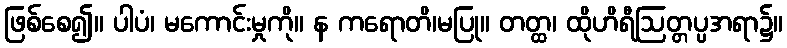
ဖြစ်စေ၍။ ပါပံ၊ မကောင်းမှုကို။ န ကရောတိ၊မပြု။ တတ္ထ၊ ထိုဟိရီဩတ္တပ္ပအရာ၌။